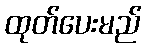
ထုတ်ပေးမည်